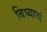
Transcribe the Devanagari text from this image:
बिघ्याचं